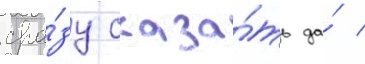
сра́зу сказа́ть да́ /